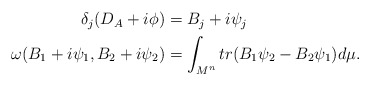
\begin{align*}\begin{aligned}\delta_j(D_A+i\phi)&=B_j+i\psi_j\\\omega(B_1+i\psi_1,B_2+i\psi_2)&=\int_{M^n}tr(B_1\psi_2-B_2\psi_1)d\mu.\end{aligned}\end{align*}